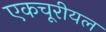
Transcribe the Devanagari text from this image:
एकचूरीयल